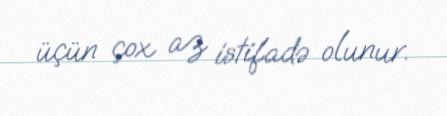
üçün çox az istifadə olunur.